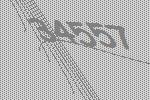
34557